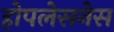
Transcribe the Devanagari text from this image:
होपलेसनेस